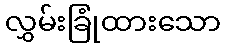
လွှမ်းခြုံထားသော